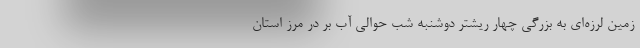
زمین لرزه‌ای به بزرگی چهار ریشتر دوشنبه شب حوالی آب بر در مرز استان